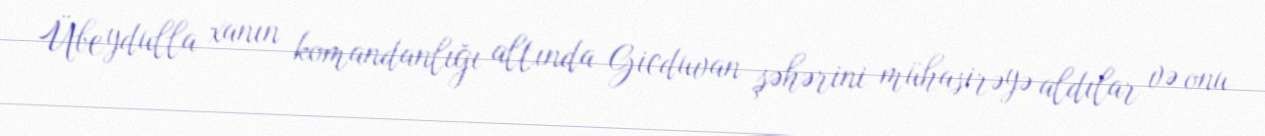
Übeydulla xanın komandanlığı altında Gicduvan şəhərini mühasirəyə aldılar və onu